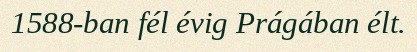
1588-ban fél évig Prágában élt.